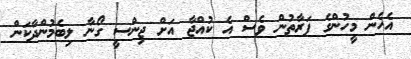
އެހެން މީހުންގެ ފަރާތުން ވެސް އެ ކުއްޖާ އަށް ޖިންސީ ގޯނާ ލިބެމުންދާކަން